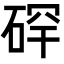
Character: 𪿡